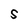
Character: S